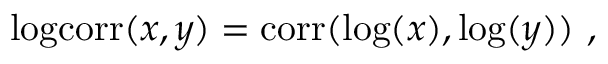
\begin{array} { r } { \mathrm { l o g c o r r } ( x , y ) = \mathrm { c o r r } ( \log ( x ) , \log ( y ) ) \ , } \end{array}